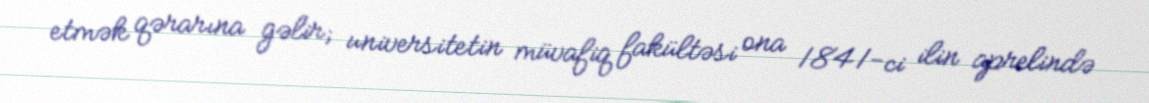
etmək qərarına gəlir; universitetin müvafiq fakültəsi ona 1841-ci ilin aprelində